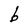
Character: b